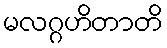
မလဂ္ဂဟိတာတိ